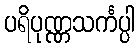
ပရိပုဏ္ဏသင်္ကပ္ပါ